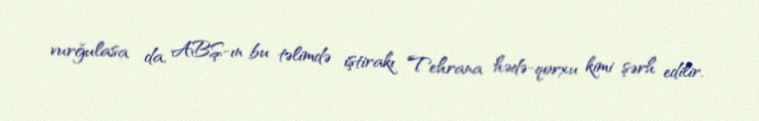
vurğulasa da, ABŞ-ın bu təlimdə iştirakı Tehrana hədə-qorxu kimi şərh edilir.